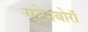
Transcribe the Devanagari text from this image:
एटेनबोरॉ